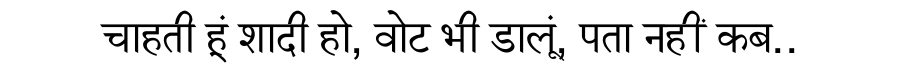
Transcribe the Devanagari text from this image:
चाहती हूं शादी हो, वोट भी डालूं, पता नहीं कब..